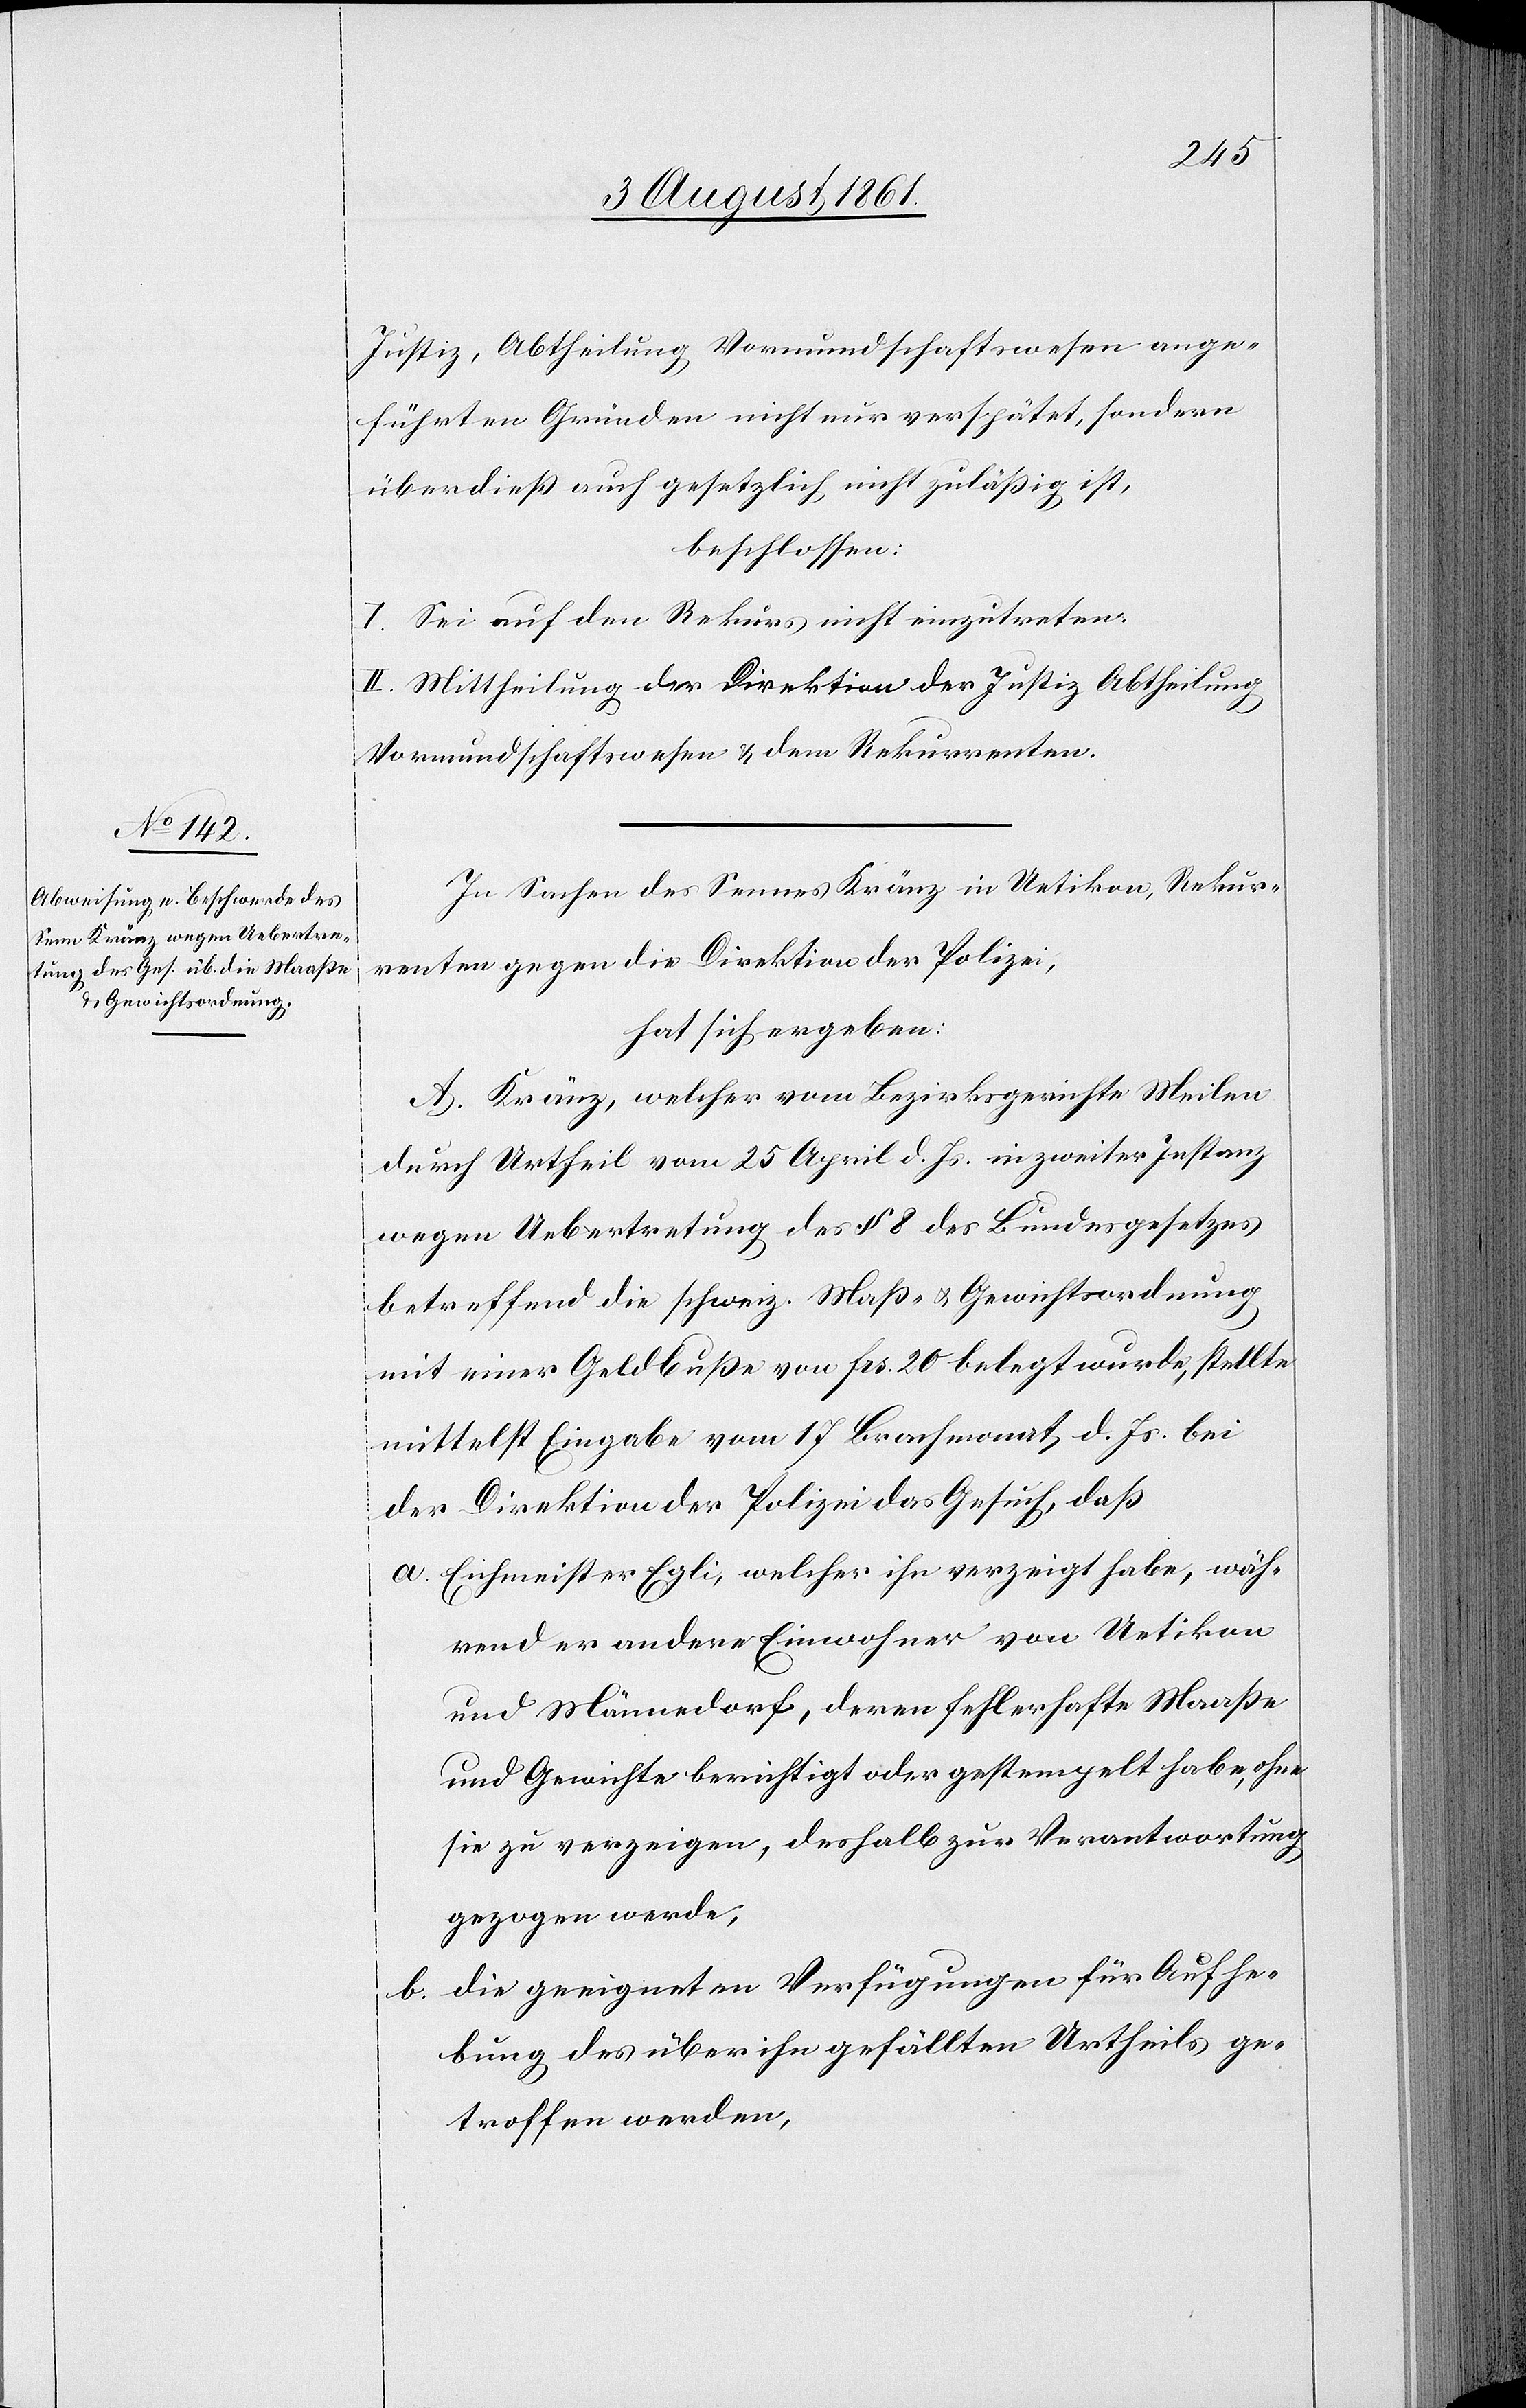
Justiz, Abtheilung Vormundschaftswesen ange¬
führten Gründen nicht nur verspätet, sondern
überdieß auch gesetzlich nicht zuläßig ist,
beschlossen:
I. Sei auf den Rekurs nicht einzutreten.
II. Mittheilung der Direktion der Justiz Abtheilung
Vormundschaftswesen u. dem Rekurrenten.
In Sachen des Sennes Kränz in Uetikon, Rekur¬
renten gegen die Direktion der Polizei,
hat sich ergeben:
A. Kränz, welcher vom Bezirksgerichte Meilen
durch Urtheil vom 25 April d. Js. in zweiter Instanz
wegen Uebertretung des § 8 des Bundesgesetzes
betreffend die schweiz. Maß- u. Gewichtsordnung
mit einer Geldbuße von frs. 20 belegt wurde, stellte
mittelst Eingabe vom 17 Brachmonat d. Js. bei
der Direktion der Polizei das Gesuch, daß
a. Eichmeister Egli, welcher ihn verzeigt habe, wäh¬
rend er andere Einwohner von Uetikon
und Männedorf, deren fehlerhafte Maaße
und Gewichte berichtigt oder gestempelt habe, ohne
sie zu verzeigen, deshalb zur Verantwortung
gezogen werde,
b. die geeigneten Verfügungen für Aufhe¬
bung des über ihn gefällten Urtheils ge¬
troffen werden,